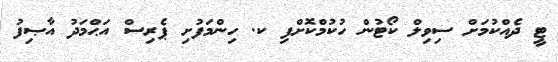
ޓީ ދެއްކުމަށް ސިވިލް ކޯޓުން ހުކުމްކޮށްފި ކ. ހިންމަފުށި ޕެރިސް އަޙްމަދު އާޞިފު